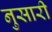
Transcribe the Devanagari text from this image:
नुसारी